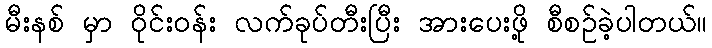
မီးနစ် မှာ ဝိုင်းဝန်း လက်ခုပ်တီးပြီး အားပေးဖို့ စီစဉ်ခဲ့ပါတယ်။